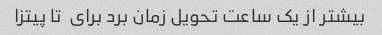
بیشتر از یک ساعت تحویل زمان برد برای  تا پیتزا